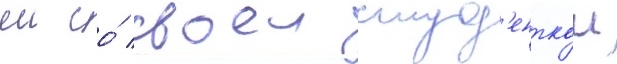
еи со́ своеи студ'енткои